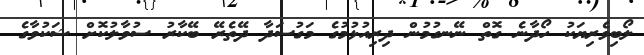
ލޯބިވެރިޔަކު ހޯދާނެ ގޮތް ނޭނގުމުން ދިރިއުޅުމުގެ މަގުސަދާ ދޭތެރޭ ބޭކާރު ސުވާލުކޮށް ޝަކުވާގެ